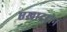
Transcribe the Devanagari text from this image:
एखाददोन